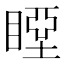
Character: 𥉢